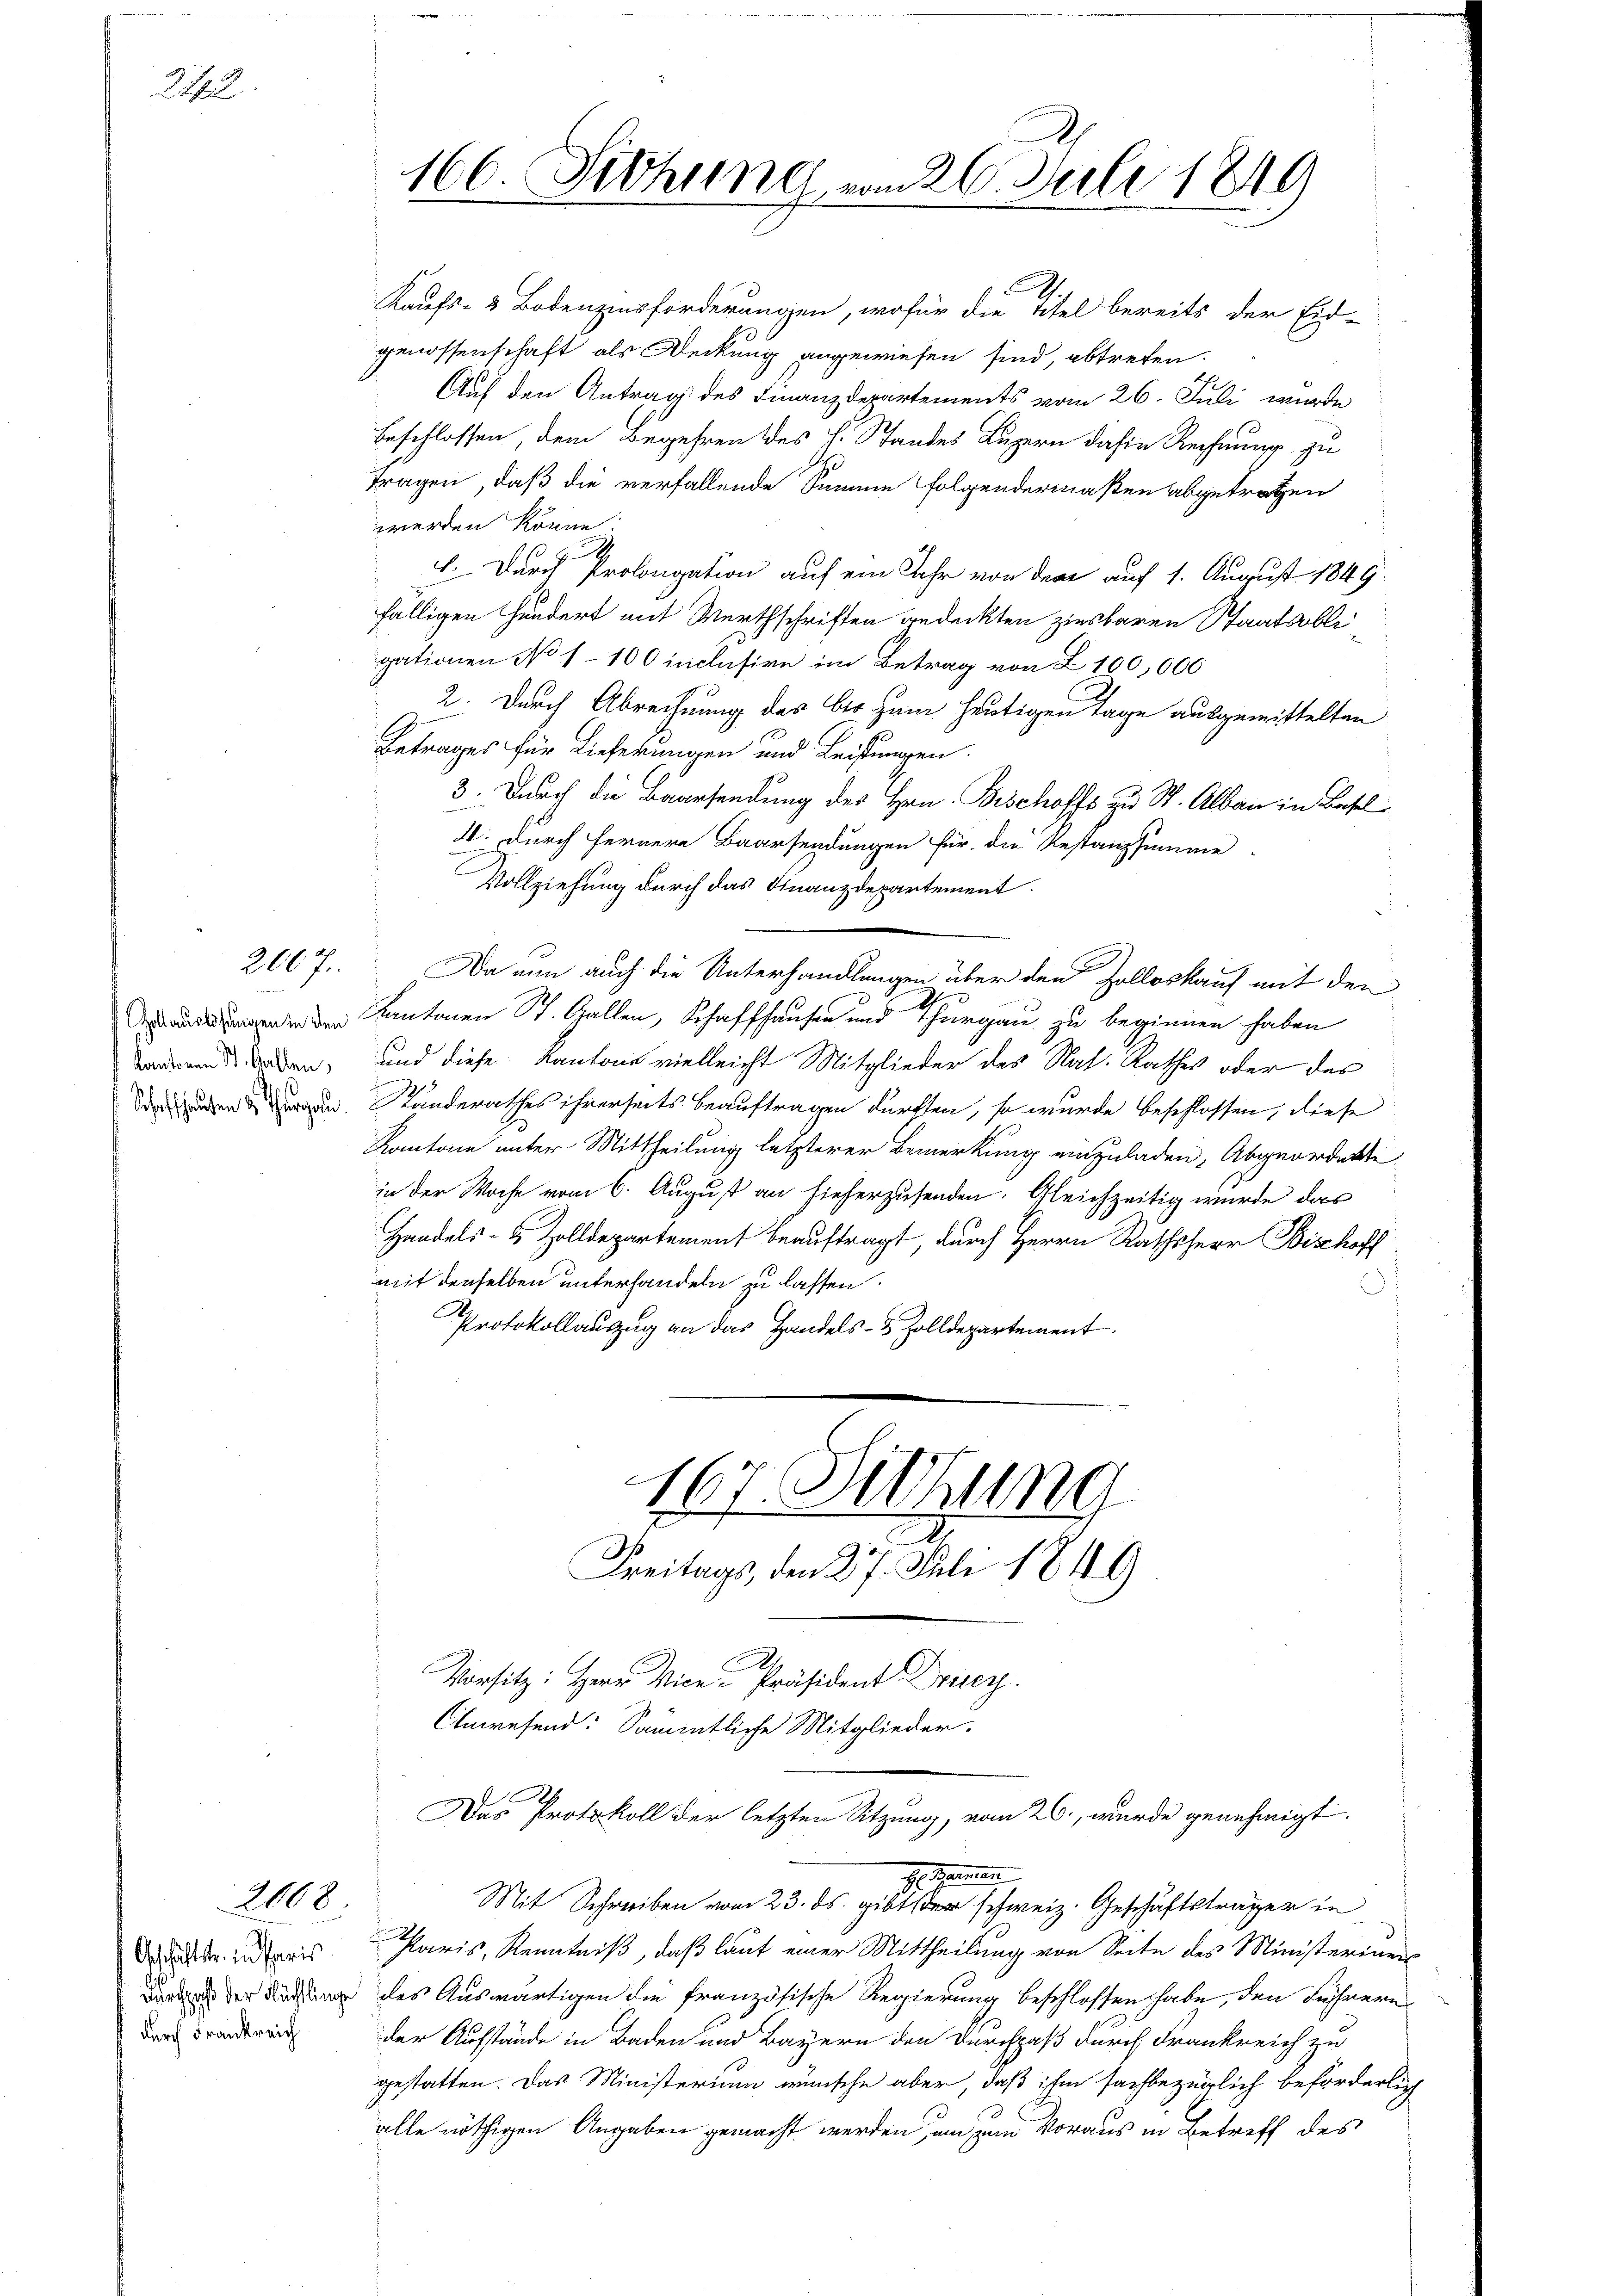
22

kantonen St. Gallen,
Schaffhausen & Thurgau

2067.

2008

Kaufs- & Bodenzinsforderungen, wofür die Titel bereits der Eid-
genossenschaft als Deckung angewiesen sind, abtreten.
Auf den Antrag des Finanzdepartements vom 26. Juli wurde
beschlossen, dem Begehren des H. Standes Luzern dahin Rechnung zu
Tragen, daß die verfallende Summe Folgendermaßen abgetraten
werden könne.
h
l. Durch Prolongation auf ein Jahr von dem auf 1. August 1849
fälligen Hundert mit Werthschriften gedeckten zinsbaren Staatsoble
gationen No 1100 inclusive im Betrag von Z 100,000
2. Durch Abrechnung des bis zum heutigen Tage ausgemittelten
Betrages für Lieferungen und Leistungen.
3. Durch die Baarsendung des Hrn. Bischoffs zu St. Albau in Basel
4. Durch fernere Baarsendungen für die Restanzsumme
Vollziehung durch das Finanzdepartement.
Da nun auch die Unterhandlungen über den Zolloskauf mit den
enden Kantonen St. Gallen, Schaffhausen und Thurgau zu beginnen haben
und diese Kantons vielleicht Mitglieder des Nat. Rathes oder das
Standerathes ihrerseits beauftragen dürften, so wurde beschlossen, diese
Kantone unter Mittheilung letzterer Bemerkung einzuladen, Abgeordnete
in der Woche vom 6. August an hieherzusenden. Gleichzeitig wurde das
Handels- & Zolldepartement beauftragt, durch Herrn Rathsherr Bishoff
mit denselben unterhandeln zu lassen.
Protokollauszug an das Handels- & Zolldepartement.
167. Sitzung
Freitags, den 27. Juli 1849
Vorsitz: Herr Vice-Präsident Druck.
Anwesend: Sämmtliche Mitglieder.
Das Protokoll der letzten Sitzung, vom 26., wurde genehmigt.
. Hammen
Mit Schreiben vom 23. ds. gibt der schweiz. Geschäftsträger in
Paris, Kenntniß, daß laut einer Mittheilung von Seite des Ministeriums
Dira der Dich des Auswärtigen die französische Regierung beschlossen habe, den Führern
 drei der Ausstände in Baden und Bayern den Durchpaß durch Frankreich zu
gestatten. Das Ministerium wünsche aber, daß ihm sachbezüglich beförderlich
alle nöthigen Angaben gemacht werden, um zum Voraus in Betreff des

Geschäftstr. in Paris

166. Siehung vom 20. Juli 1849